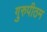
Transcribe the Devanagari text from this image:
गुरुपीठम